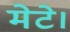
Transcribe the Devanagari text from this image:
मेटे।